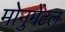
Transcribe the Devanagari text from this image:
मोनुमेंटल